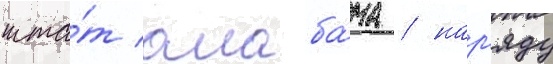
шта́т алаба́ма / нар'яду